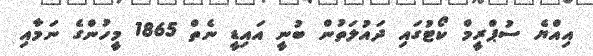
އިއްޔެ ސުޕްރީމް ކޯޓުގައި ދައުލަތުން ބުނީ އައިޑީ ނެތް 1865 މީހުންގެ ނަމާއި